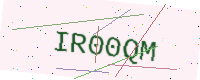
Text: IR00QM